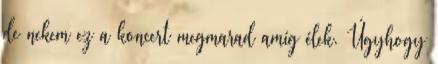
de nekem ez a koncert megmarad amí­g élek. Úgyhogy